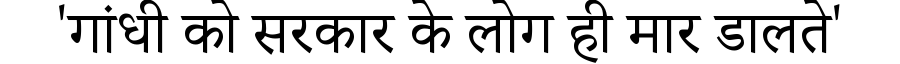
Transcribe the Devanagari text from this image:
'गांधी को सरकार के लोग ही मार डालते'